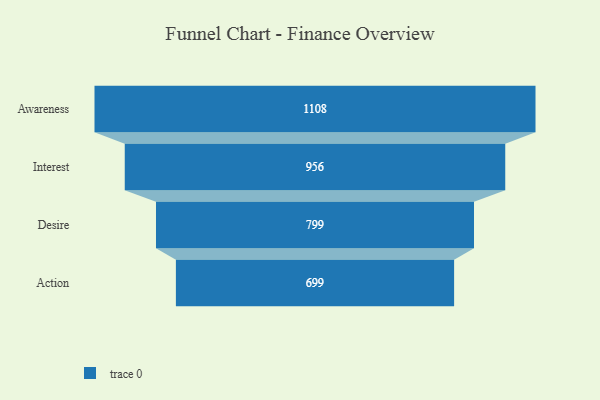
{"axis": {"x": "Stage", "y": "Value"}, "legend": [""], "data": [{"x": "Awareness", "y": 1108.0, "type": ""}, {"x": "Interest", "y": 956.0, "type": ""}, {"x": "Desire", "y": 799.0, "type": ""}, {"x": "Action", "y": 699.0, "type": ""}]}